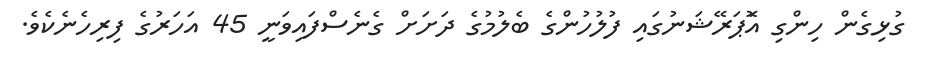
ގުޅިގެން ހިންގި އޮަޕަރޭޝަނުގައި ފުލުހުންގެ ބެލުމުގެ ދަށަށް ގެނެސްފައިވަނީ 45 އަހަރުގެ ފިރިހެނެކެވެ.